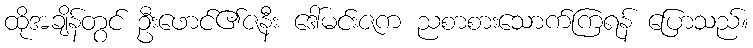
ထိုအချိန်တွင် ဦးဖောင်၏ဇနီး ဒေါ်မင်းဇက ညစာစားသောက်ကြရန် ပြောသည်။